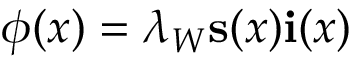
\phi ( x ) = \lambda _ { W } \mathbf { s } ( x ) \mathbf { i } ( x )